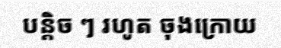
បន្តិច ៗ រហូត ចុងក្រោយ